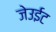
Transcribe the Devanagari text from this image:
जेउईट